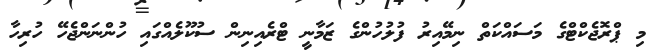
މި ޕްރޮޖެކްޓްގެ މަސައްކަތް ނިމޭއިރު ފުލުހުންގެ ޒަމާނީ ޓްރެއިނިން ސުކޫލެއްގައި ހުންނަންޖެހޭ ހުރިހާ